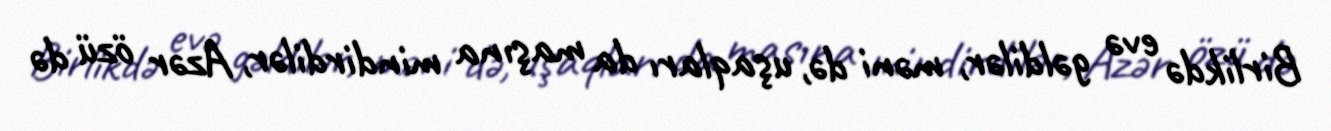
Birlikdə evə gəldilər, məni də, uşaqları da maşına mindirdilər, Azər özü də